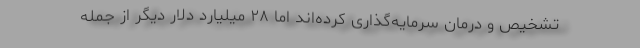
تشخیص و درمان سرمایه‌گذاری کرده‌اند اما ۲۸ میلیارد دلار دیگر از جمله